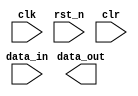
// SPDX-License-Identifier: Apache-2.0
// Copyright (C) 2019 Intel Corporation. 
// (C) 2001-2012 Altera Corporation. .

//-----------------------------------
//2 stage flop synchronizer with AND clear
//DWIDTH | (this determine the width of the sync flop)
//The reset value is fixed to 1'b0 (not changeable)
//-----------------------------------

module altr_hps_sync_clr
#(parameter DWIDTH='d1)
(
  input clk,				//main clk signal
  input rst_n,				//main reset signal
  input clr,				//active high clear signal (expected this clear signal to be quasi-static)
  input [DWIDTH-1:0] data_in,		//data in
  output [DWIDTH-1:0] data_out		//data out
);

`ifdef ALTR_HPS_INTEL_MACROS_OFF

reg [DWIDTH-1:0] dff1;
reg [DWIDTH-1:0] dff2;

always @(posedge clk or negedge rst_n)
begin
	if(!rst_n) 
	begin
		dff1 <= {DWIDTH{1'b0}};
		dff2 <= {DWIDTH{1'b0}};
	end
	else
	begin
		dff1 <= data_in & ~clr;
		dff2 <= dff1 & ~clr;	
	end
end

assign data_out = dff2;

`else

`endif

endmodule